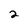
Character: 2